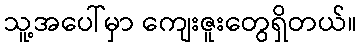
သူ့အပေါ်မှာ ကျေးဇူးတွေရှိတယ်။